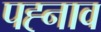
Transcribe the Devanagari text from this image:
पह्नाव